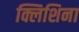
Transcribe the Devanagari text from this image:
क्लिशिना